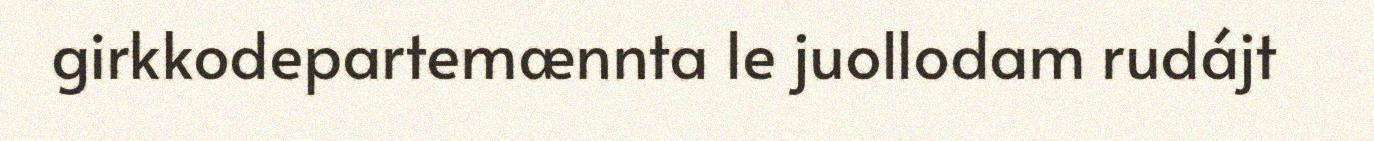
girkkodepartemænnta le juollodam rudájt